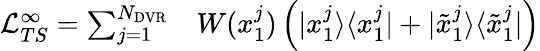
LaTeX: \begin{array}{rl}{\mathcal{L}_{TS}^{\infty}=\sum_{j=1}^{N_{\mathrm{DVR}}}}&{{}W(x_{1}^{j})\left(|x_{1}^{j}\rangle\langle x_{1}^{j}|+|\tilde{x}_{1}^{j}\rangle\langle\tilde{x}_{1}^{j}|\right)}\end{array}